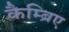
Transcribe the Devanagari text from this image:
कैम्ब्रिए